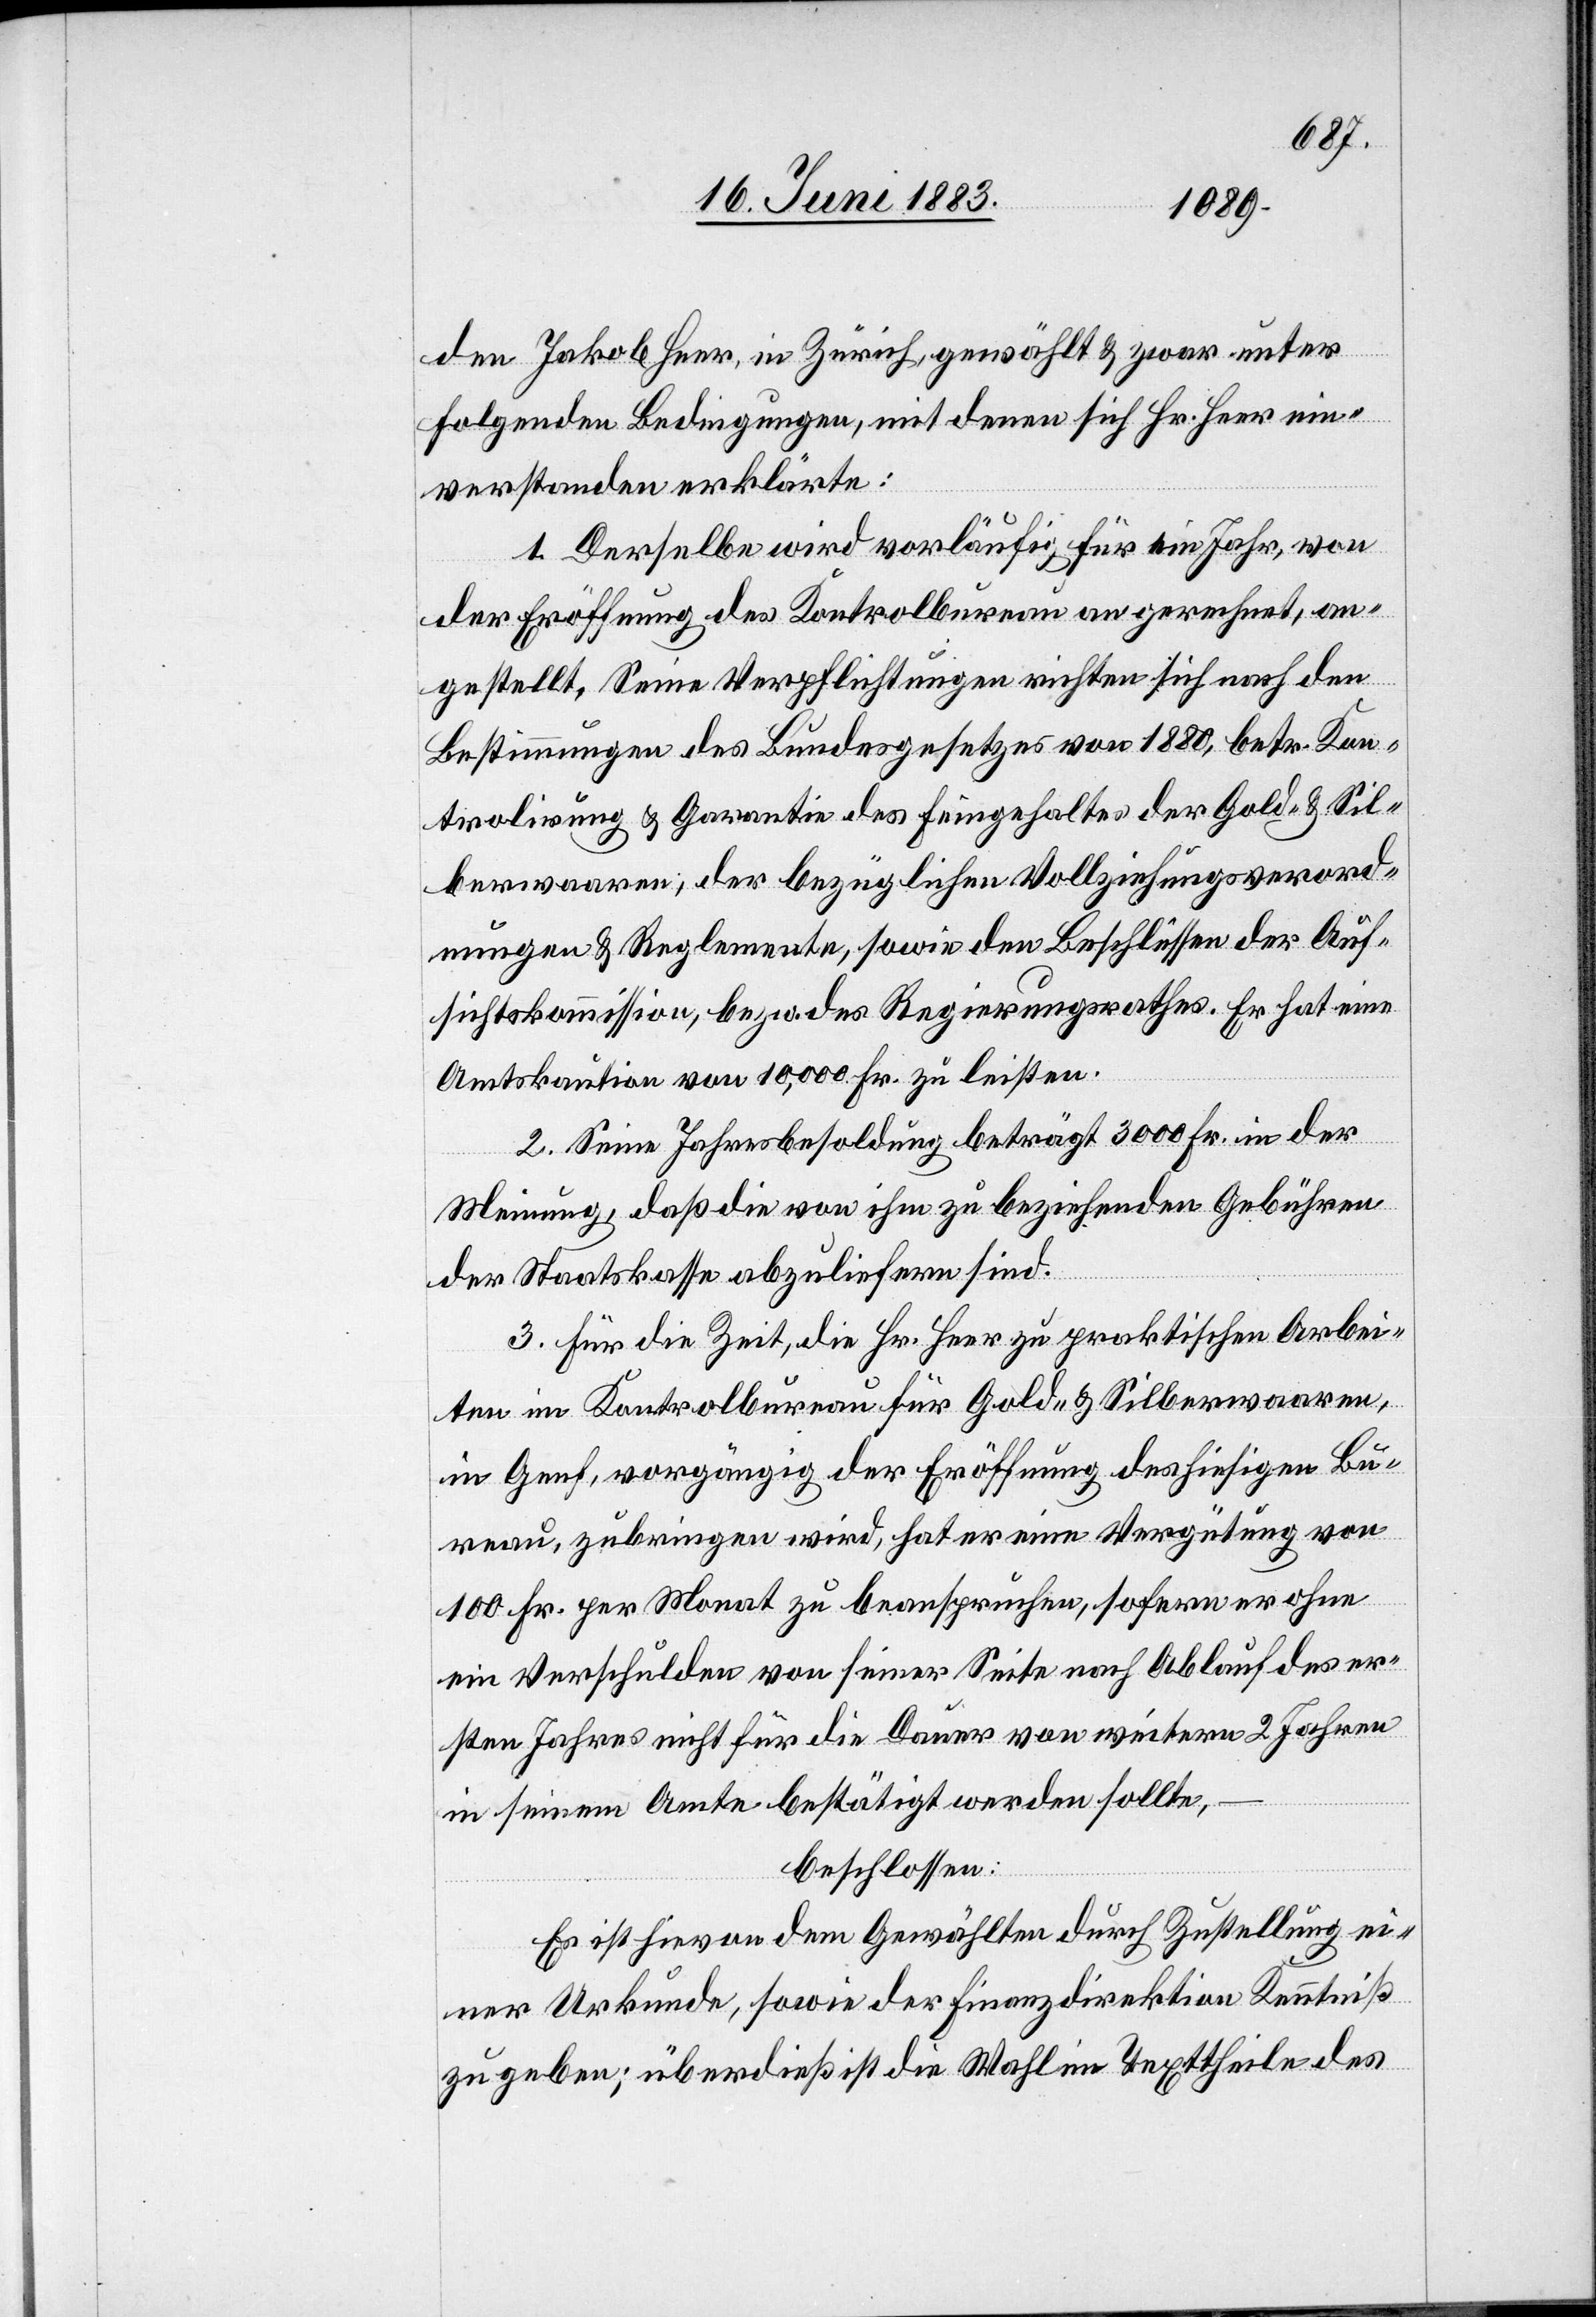
den Jakob Heer, in Zürich, gewählt & zwar unter
folgenden Bedingungen, mit denen sich Hr. Heer ein¬
verstanden erklärte:
1. Derselbe wird vorläufig für ein Jahr, von
der Eröffnung des Kontrolbureau an gerechnet, an¬
gestellt. Seine Verpflichtungen richten sich nach den
Bestimmungen des Bundesgesetzes von 1880, betr. Kon¬
trolirung & Garantie des Feingehaltes der Gold- & Sil¬
berwaaren, der bezüglichen Vollziehungsverord¬
nungen & Reglemente, sowie den Beschlüssen der Auf¬
sichtskommission, bezw. des Regierungsrathes. Er hat eine
Aktskaution von 10,000 Fr. zu leisten.
2. Seine Jahresbesoldung beträgt 3000 Fr. in der
Meinung, daß die von ihm zu beziehenden Gebühren
der Staatskasse abzuliefern sind.
3. Für die Zeit, die Hr. Heer zu praktischen Arbei¬
ten im Kontrolbureau für Gold- & Silberwaaren,
in Genf, vorgängig der Eröffnung des hiesigen Bu¬
reau, zubringen wird, hat er eine Vergütung von
100 Fr. per Monat zu beanspruchen, sofern er ohne
ein Verschulden von seiner Seite nach Ablauf des er¬
sten Jahres nicht für die Dauer von weitern 2 Jahren
in seinem Amte bestätigt werden sollte,
beschlossen:
Es ist hievon dem Gewählten durch Zustellung ei¬
ner Urkunde, sowie der Finanzdirektion Kenntniß
zu geben; überdies ist die Wahl im Texttheile des